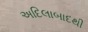
અદિલાબાદથી